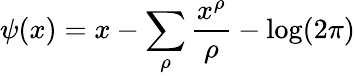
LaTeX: \psi(x)=x-\sum_{\rho}{\frac{x^{\rho}}{\rho}}-\log(2\pi)